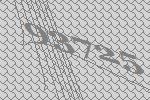
93725